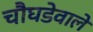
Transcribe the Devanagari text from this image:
चौघडेवाले